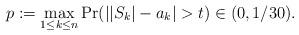
LaTeX: \begin{align*}p:=\max_{1\leq k\leq n}\Pr(||S_{k}|-a_{k}|>t)\in (0,1/30).\end{align*}